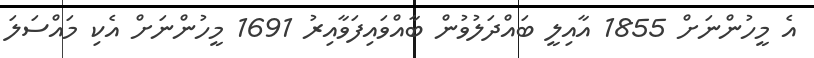
އެ މީހުންނަށް 1855 އާއިލީ ބައްދަލުވުން ބާއްވައިފަވާއިރު 1691 މީހުންނަށް އެކި މައްސަލަ